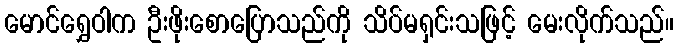
မောင်ရွှေဝါက ဦးဖိုးစောပြောသည်ကို သိပ်မရှင်းသဖြင့် မေးလိုက်သည်။